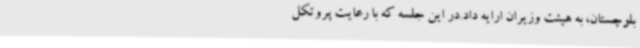
بلوچستان، به هیئت وزیران ارایه داد.در این جلسه که با رعایت پروتکل